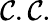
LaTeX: \mathcal{C}.\mathcal{C}.